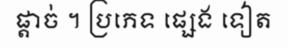
ផ្តាច់ ។ ប្រភេទ ផ្សេង ទៀត